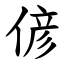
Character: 偐